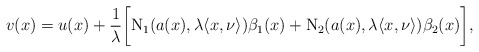
\begin{align*}v(x) = u(x) +\frac{1}{\lambda}\bigg[\mathrm N_1(a(x),\lambda \langle x,\nu\rangle)\beta_1(x)+\mathrm N_2 (a(x),\lambda \langle x,\nu\rangle)\beta_2(x)\bigg],\end{align*}